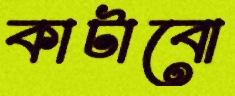
কাটাবো